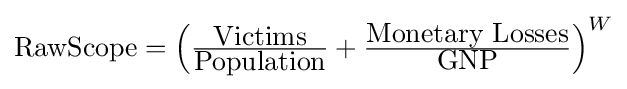
{\hbox{RawScope}}=\left({\tfrac {\hbox{Victims}}{\hbox{Population}}}+{\tfrac {\hbox{Monetary Losses}}{\hbox{GNP}}}\right)^{W}